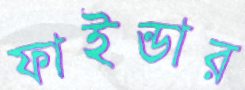
ফাইন্ডার